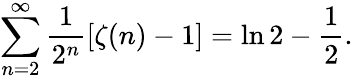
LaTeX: \sum_{n=2}^{\infty}{\frac{1}{2^{n}}}[\zeta(n)-1]=\ln 2-{\frac{1}{2}}.